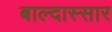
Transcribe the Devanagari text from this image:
बाल्दास्सार